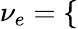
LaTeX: \nu_{e}=\left\{ \begin{array}{ll}{\begin{array}{rlr}\end{array}}\end{array}\right.